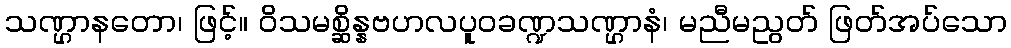
သဏ္ဌာနတော၊ ဖြင့်။ ဝိသမစ္ဆိန္နဗဟလပူဝခဏ္ဍသဏ္ဌာနံ၊ မညီမညွတ် ဖြတ်အပ်သော